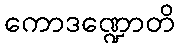
ကောဒဏ္ဍောတိ